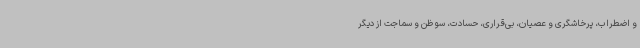
و اضطراب، پرخاشگری و عصیان، بی‌قراری، حسادت، سو ظن و سماجت از دیگر